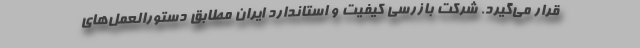
قرار می‌گیرد. شرکت بازرسی کیفیت و استاندارد ایران مطابق دستورالعمل‌های